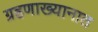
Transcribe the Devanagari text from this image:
ग्रहणाख्यानात